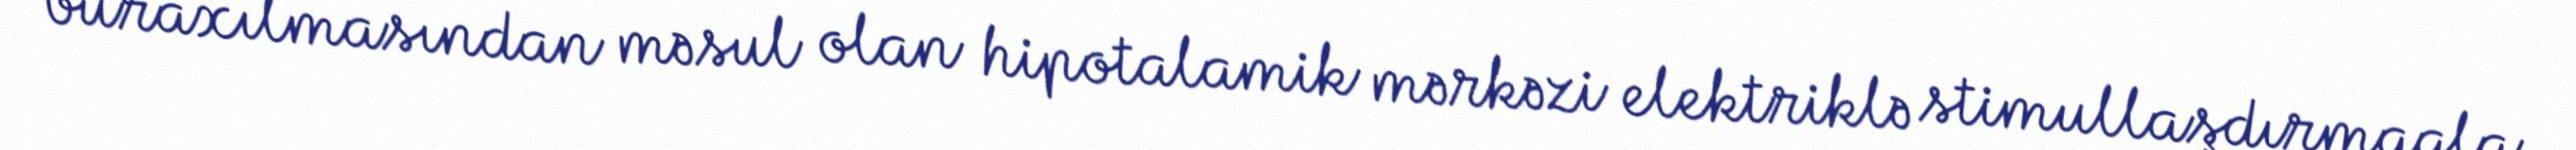
buraxılmasından məsul olan hipotalamik mərkəzi elektriklə stimullaşdırmaqla